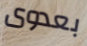
بعدوى